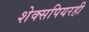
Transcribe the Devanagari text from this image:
शेक्सपियरही